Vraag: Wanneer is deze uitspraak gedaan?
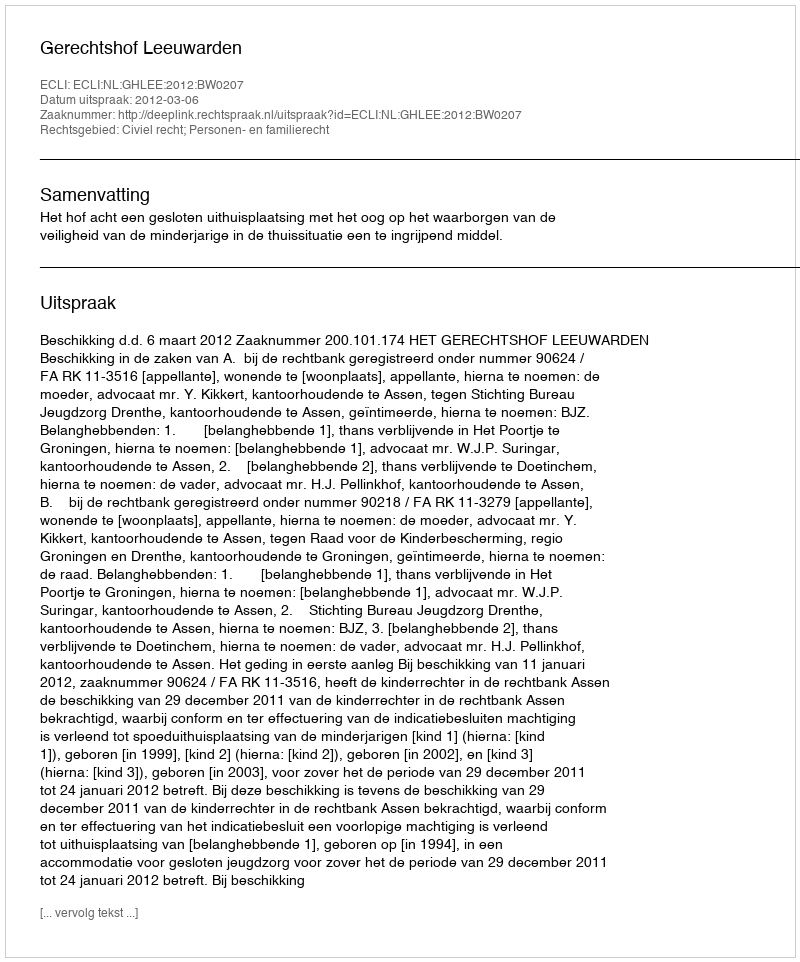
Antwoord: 2012-03-06